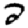
Digit: 2